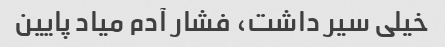
خیلی سیر داشت، فشار آدم میاد پایین